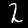
Digit: 2